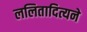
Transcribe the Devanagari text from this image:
ललितादित्यने